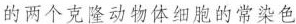
的两个克隆动物体细胞的常染色